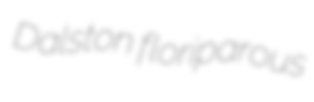
Dalston floriparous